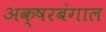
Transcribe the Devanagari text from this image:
अक्षरबंगाल